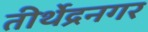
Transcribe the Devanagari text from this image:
तीर्थेद्रनगर